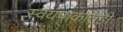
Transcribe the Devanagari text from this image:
स्वयंपाकातही